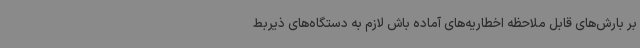
بر بارش‌های قابل ملاحظه اخطاریه‌های آماده باش لازم به دستگاه‌های ذیربط